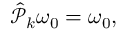
\begin{array} { r } { \hat { \mathcal P } _ { k } \omega _ { 0 } = \omega _ { 0 } , } \end{array}